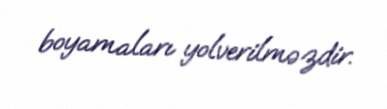
boyamaları yolverilməzdir.